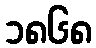
၁၈၆၈